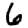
Digit: 6